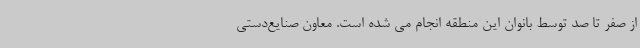
از صفر تا صد توسط بانوان این منطقه انجام می شده است. معاون صنایع‌دستی